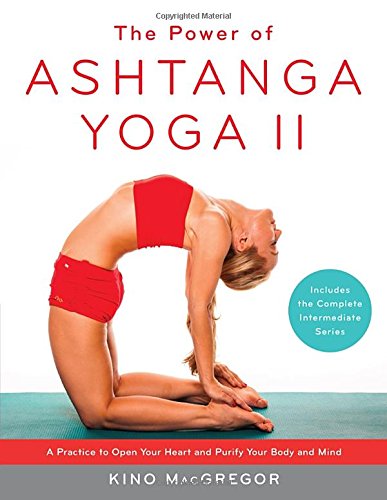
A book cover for The Power of Ashtanga Yoga II: The Intermediate Series: A Practice to Open Your Heart and Purify Your Body and Mind; Kino MacGregor; Health, Fitness & Dieting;